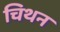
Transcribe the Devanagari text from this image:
चिथन